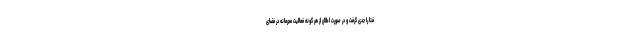
فتا را جدی گرفت و در صورت اطلاع از هر گونه فعالیت مجرمانه در فضای